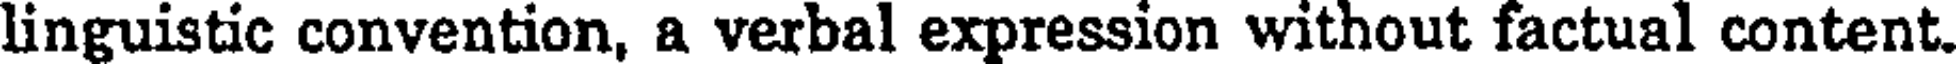
linguistic convention, a verbal expression without factual content.